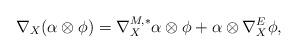
LaTeX: \begin{align*}\nabla_X (\alpha \otimes \phi) = \nabla^{M, *}_X \alpha \otimes \phi + \alpha \otimes \nabla^E_X \phi,\end{align*}